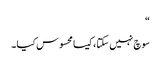
“
سوچ نہیں سکتا ، کیسا محسوس کیا ۔